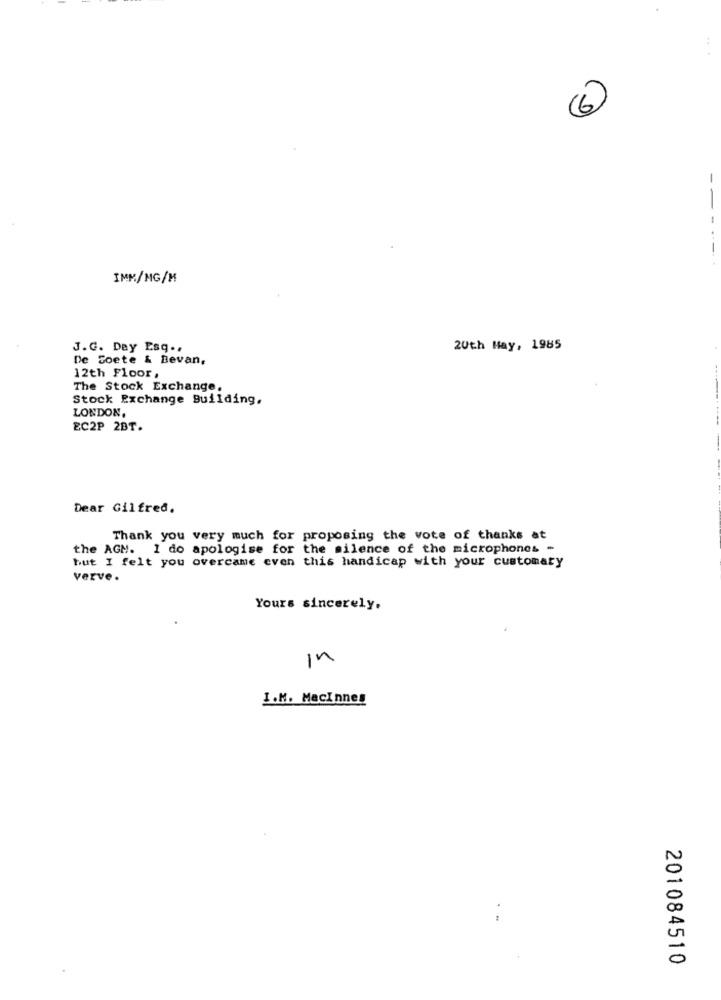
(6)
------
IMM/MG/M
J.C. Day Esq ..
20th May, 1985
De Zoete & Bevan,
12th Floor,
The Stock Exchange,
Stock Exchange Building,
LONDON,
EC2P 2BT.
Dear Gilfred,
Thank you very much for proposing the vote of thanks at
the AGM. I do apologise for the silence of the microphones -
but I felt you overcame even this handicap with your customaty
verve .
Yours sincerely.
In
I.M. MacInnes
201084510